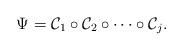
LaTeX: \begin{align*}\Psi = \mathcal{C}_1 \circ \mathcal{C}_2 \circ \cdots \circ \mathcal{C}_j. \end{align*}